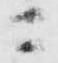
ニ